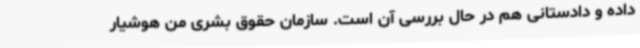
داده و دادستانی هم در حال بررسی آن است. سازمان حقوق بشری من هوشیار